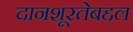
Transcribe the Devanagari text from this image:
दानशूरतेबद्दल